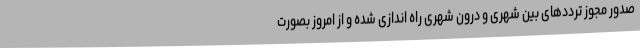
صدور مجوز ترددهای بین شهری و درون شهری راه اندازی شده و از امروز بصورت